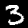
Label: 3